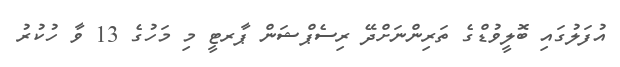
އުފަލުގައި ބޮލީވުޑްގެ ތަރިންނަށްދޭ ރިސެޕްޝަން ޕާރޓީ މި މަހުގެ 13 ވާ ހުކުރު